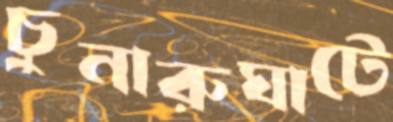
চুনারুঘাটে